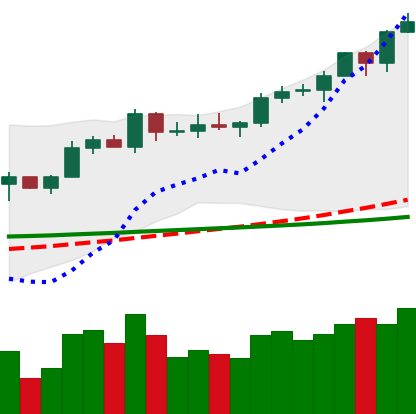
Ticker: EOS-USD
Chart end date: 2020-02-12
Forward return: -18.79%
Label: down_7plus